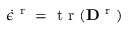
\dot { \epsilon } ^ { \mathrm { ~ r ~ } } = \mathrm { ~ t ~ r ~ } ( { \bf D } ^ { \mathrm { ~ r ~ } } )